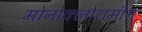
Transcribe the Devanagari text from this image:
मोनोक्लोरामीन